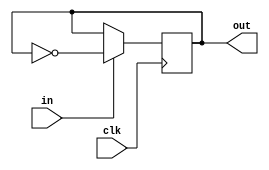
// Copyright (c) 2008 Ben Dyer
// 
// Permission is hereby granted, free of charge, to any person obtaining a copy
// of this software and associated documentation files (the "Software"), to deal
// in the Software without restriction, including without limitation the rights
// to use, copy, modify, merge, publish, distribute, sublicense, and/or sell
// copies of the Software, and to permit persons to whom the Software is
// furnished to do so, subject to the following conditions:
// 
// The above copyright notice and this permission notice shall be included in
// all copies or substantial portions of the Software.
// 
// THE SOFTWARE IS PROVIDED "AS IS", WITHOUT WARRANTY OF ANY KIND, EXPRESS OR
// IMPLIED, INCLUDING BUT NOT LIMITED TO THE WARRANTIES OF MERCHANTABILITY,
// FITNESS FOR A PARTICULAR PURPOSE AND NONINFRINGEMENT. IN NO EVENT SHALL THE
// AUTHORS OR COPYRIGHT HOLDERS BE LIABLE FOR ANY CLAIM, DAMAGES OR OTHER
// LIABILITY, WHETHER IN AN ACTION OF CONTRACT, TORT OR OTHERWISE, ARISING FROM,
// OUT OF OR IN CONNECTION WITH THE SOFTWARE OR THE USE OR OTHER DEALINGS IN
// THE SOFTWARE.

// Encodes the input datastream using NRZI (http://en.wikipedia.org/wiki/Non-return-to-zero)
// Output changes state on 1's, doesn't change state on 0's. The initial state doesn't matter.

module nrzi_encoder
(
	clk,
	
	in,
	out
);

	input			clk;
	
	input			in;
	output			out;
	
	// IO regs
	reg				out;
	
	// Invert the output state every 1 received
	always @(posedge clk) begin
		if (in)
			out <= ~out;
	end
	
endmodule